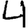
Digit: 4